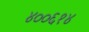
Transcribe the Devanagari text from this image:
४००६१४